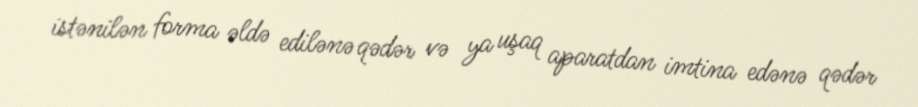
istənilən forma əldə edilənə qədər və ya uşaq aparatdan imtina edənə qədər